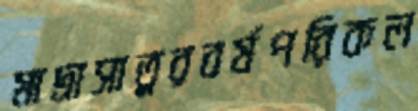
মাদ্রাসাতুরবর্ষপরিকল